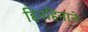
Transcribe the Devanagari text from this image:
हिनहिनाने